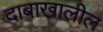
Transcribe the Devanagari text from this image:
दाबाखालील